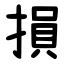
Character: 損